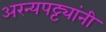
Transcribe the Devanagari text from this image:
अरन्यपट्ट्यांनी